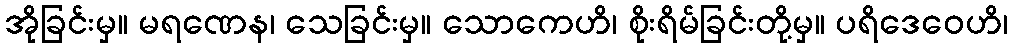
အိုခြင်းမှ။ မရဏေန၊ သေခြင်းမှ။ သောကေဟိ၊ စိုးရိမ်ခြင်းတို့မှ။ ပရိဒေဝေဟိ၊